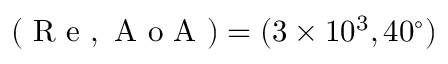
( \mathrm { ~ R ~ e ~ } , \mathrm { ~ A ~ o ~ A ~ } ) = ( 3 \times 1 0 ^ { 3 } , 4 0 ^ { \circ } )